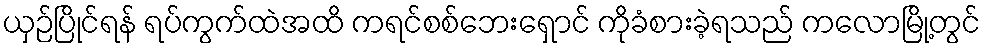
ယှဉ်ပြိုင်ရန် ရပ်ကွက်ထဲအထိ ကရင်စစ်ဘေးရှောင် ကိုခံစားခဲ့ရသည် ကလောမြို့တွင်